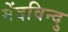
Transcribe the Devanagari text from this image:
मेंदविन्दु